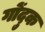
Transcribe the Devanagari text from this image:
गोंदुक